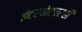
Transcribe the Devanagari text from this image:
इंटरनेटवरही